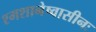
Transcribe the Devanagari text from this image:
श्मशानेष्वासीनः